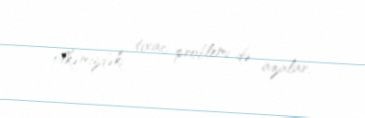
ölkəmizdəki tıxac problemi də azalar.